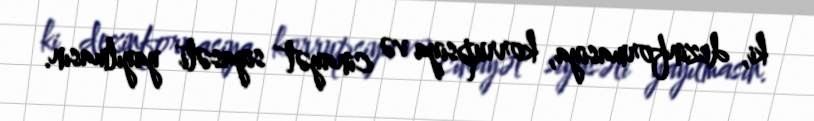
ki, dezinformasiya, korrupsiya və cinayət siyasəti yayılmasın.